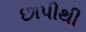
છાપીથી